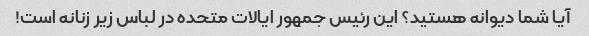
آیا شما دیوانه هستید؟ این رئیس جمهور ایالات متحده در لباس زیر زنانه است!